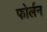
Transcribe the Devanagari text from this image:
फोर्लन